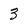
Character: 3